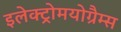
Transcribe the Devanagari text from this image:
इलेक्ट्रोमयोग्रैम्स